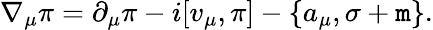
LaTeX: \nabla_{\mu}\pi=\partial_{\mu}\pi-i[v_{\mu},\pi]-\{ a_{\mu},\sigma+\mathtt{m}\} .